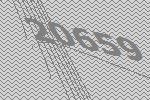
20659